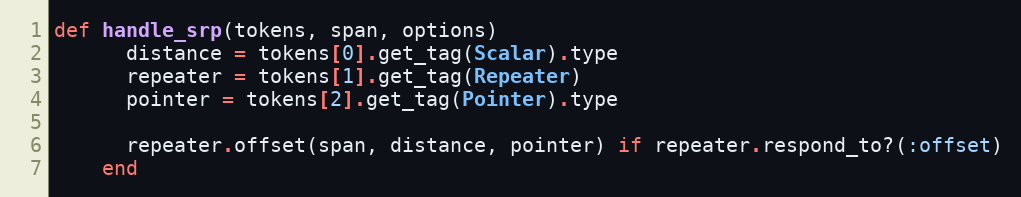
Language: Ruby
def handle_srp(tokens, span, options)
      distance = tokens[0].get_tag(Scalar).type
      repeater = tokens[1].get_tag(Repeater)
      pointer = tokens[2].get_tag(Pointer).type

      repeater.offset(span, distance, pointer) if repeater.respond_to?(:offset)
    end